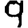
Digit: 9